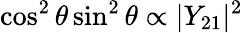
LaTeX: \cos^{2}\theta\sin^{2}\theta\propto|Y_{21}|^{2}